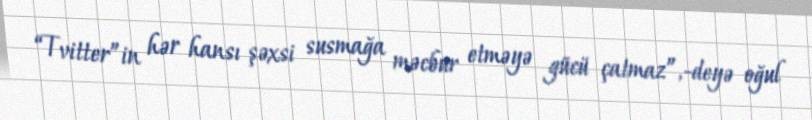
“Tvitter”in hər hansı şəxsi susmağa məcbur etməyə gücü çatmaz”,-deyə oğul